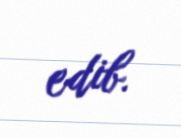
edib.